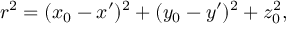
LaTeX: ~ r ^ { 2 } = ( x _ { 0 } - x ^ { \prime } ) ^ { 2 } + ( y _ { 0 } - y ^ { \prime } ) ^ { 2 } + z _ { 0 } ^ { 2 } ,